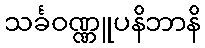
သင်္ခဝဏ္ဏူပနိဘာနိ